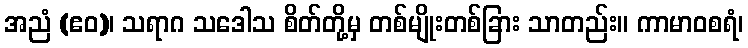
အညံ (ဧဝ)၊ သရာဂ သဒေါသ စိတ်တို့မှ တစ်မျိုးတစ်ခြား သာတည်း။ ကာမာဝစရံ၊